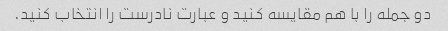
دو جمله را با هم مقایسه کنید و عبارت نادرست را انتخاب کنید.